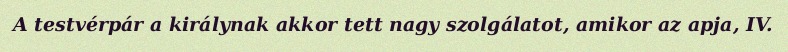
A testvérpár a királynak akkor tett nagy szolgálatot, amikor az apja, IV.